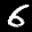
Label: 6